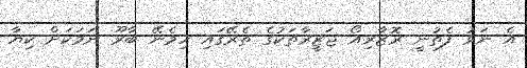
އެ ނަވު ފެތުނީ ރޮޒާރިއޯ ޖަޒީރާތަކުގެ ތެރޭގައި ހިމެނޭ ބާރޫ ނަމަކަށް ކިޔާ